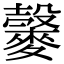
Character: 𪍠